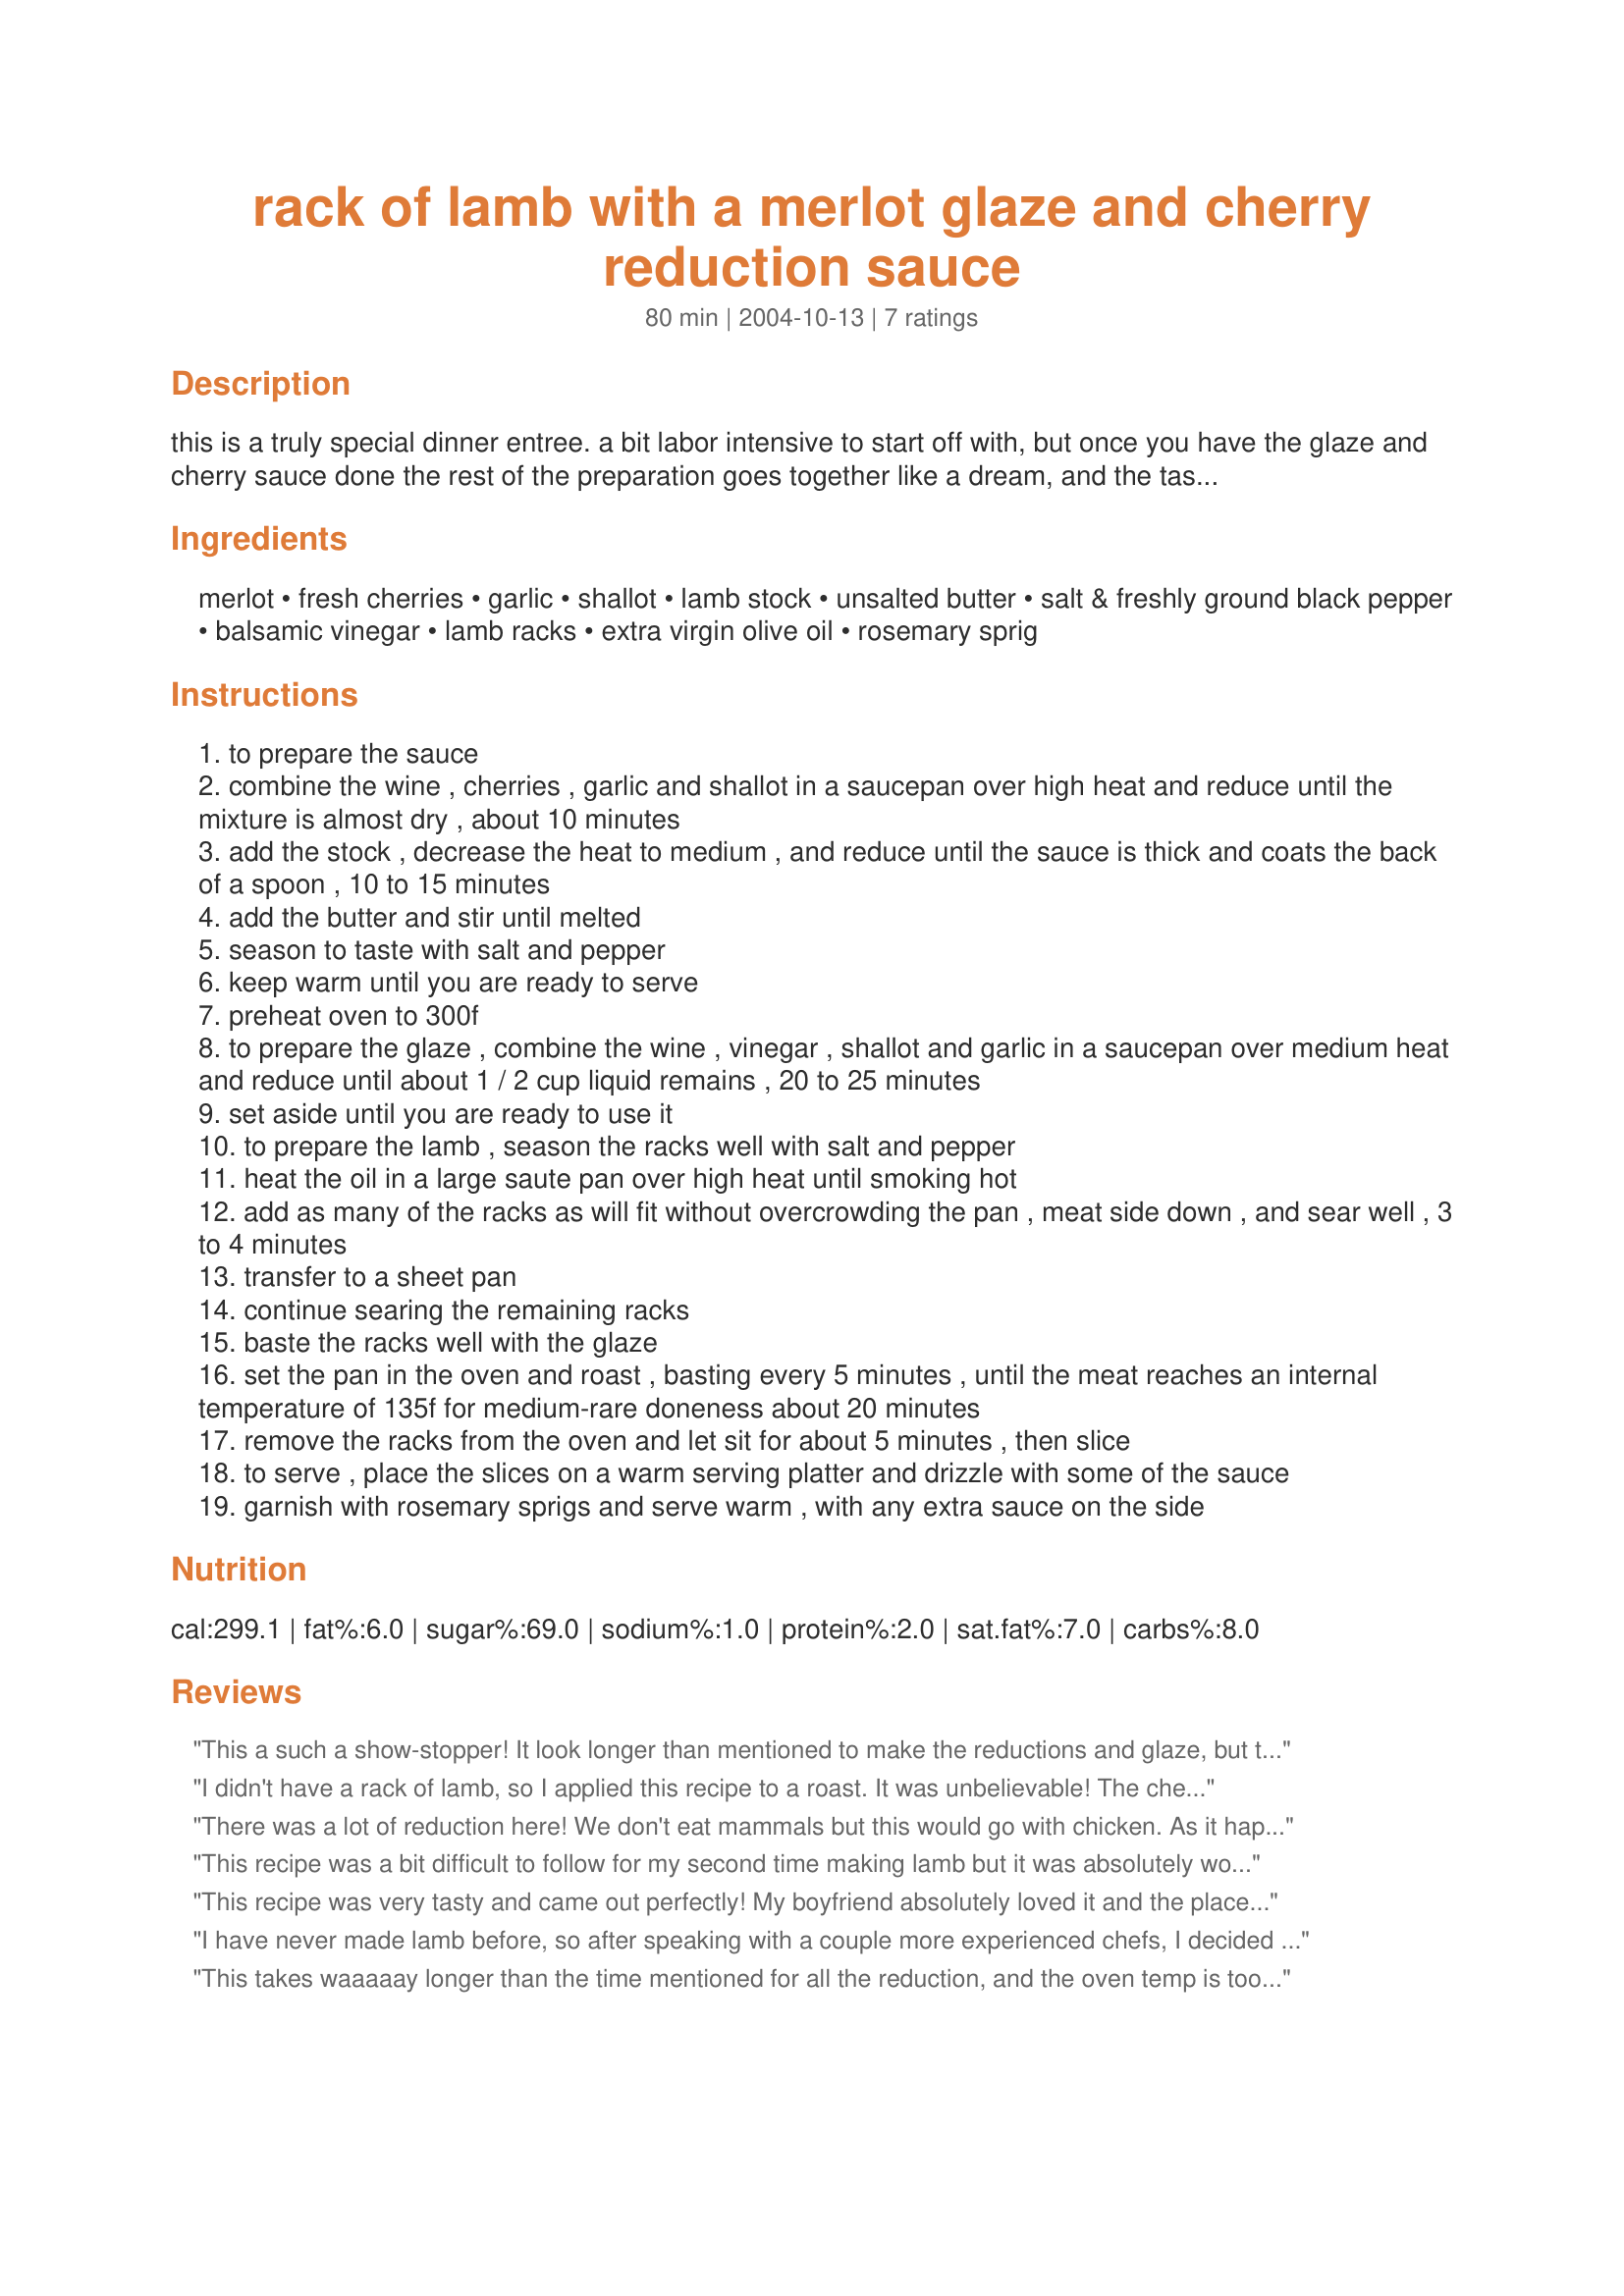
rack of lamb with a merlot glaze and cherry reduction sauce
Preparation time: 80 minutes

this is a truly special dinner entree. a bit labor intensive to start off with, but once you have the glaze and cherry sauce done the rest of the preparation goes together like a dream, and the taste is out of this world. if you really have some special guests you want to impress, then this is the perfect choice. i accompany mine with sea salt roasted baby potatoes and green beans.

Ingredients:
merlot, fresh cherries, garlic, shallot, lamb stock, unsalted butter, salt & freshly ground black pepper, balsamic vinegar, lamb racks, extra virgin olive oil, rosemary sprig

Steps:
to prepare the sauce
combine the wine , cherries , garlic and shallot in a saucepan over high heat and reduce until the mixture is almost dry , about 10 minutes
add the stock , decrease the heat to medium , and reduce until the sauce is thick and coats the back of a spoon , 10 to 15 minutes
add the butter and stir until melted
season to taste with salt and pepper
keep warm until you are ready to serve
preheat oven to 300f
to prepare the glaze , combine the wine , vinegar , shallot and garlic in a saucepan over medium heat and reduce until about 1 / 2 cup liquid remains , 20 to 25 minutes
set aside until you are ready to use it
to prepare the lamb , season the racks well with salt and pepper
heat the oil in a large saute pan over high heat until smoking hot
add as many of the racks as will fit without overcrowding the pan , meat side down , and sear well , 3 to 4 minutes
transfer to a sheet pan
continue searing the remaining racks
baste the racks well with the glaze
set the pan in the oven and roast , basting every 5 minutes , until the meat reaches an internal temperature of 135f for medium-rare doneness about 20 minutes
remove the racks from the oven and let sit for about 5 minutes , then slice
to serve , place the slices on a warm serving platter and drizzle with some of the sauce
garnish with rosemary sprigs and serve warm , with any extra sauce on the side

Reviews:
This a such a show-stopper! It look longer than mentioned to make the reductions and glaze, but that was fine with me, because the amount of taste and flavor was outstanding. Even a non-lamb eater was digging this. I didnt have cherries, so I used a cup of frozen mixed berries (blueberry, cherry and blackberry) It turned out great! I would be curious to try this with other types of berries or fruit!
I didn't have a rack of lamb, so I applied this recipe to a roast. It was unbelievable! The cherry merlot sauce is fantastic, and the glaze provides a nice dark crust to the meat.
There was a lot of reduction here! We don't eat mammals but this would go with chicken. As it happens I had already froze a nut roast for Easter Sunday but decided to try both as I had time. I used jarred Morello cherries as suggested, I am not sure if I used the suggested type as they were sweet &amp; had a picture of pie &amp; custard on the front - perhaps meant for a pudding-pie filling but it was next to red peppers/olives/antipasti etc; I rinsed them &amp; they were fine. Made triple quantity sauce so didn't have the intended gravy. I tossed my cooked roast potatoes in the glaze while still in the tin &amp; will do that again as it was scrumptious.
This recipe was a bit difficult to follow for my second time making lamb but it was absolutely worth it. What a fantastic dinner. I would make it again, especialy for guest, it is a sure way to wow them. I crave this dish and can't wait to make it again. By far the best lamb I have ever had.
This recipe was very tasty and came out perfectly! My boyfriend absolutely loved it and the place smelled phenomenal! The only thing I didn&#039;t like was the time estimates. It took about double the time to prepare and cook everything. Otherwise, this recipe is golden!
I have never made lamb before, so after speaking with a couple more experienced chefs, I decided to tweak this recipe a bit. I let the lamb soak in the Cherry Merlot sauce for 24 hours. Then, I baked the lamb at 350 for 30 minutes. I flipped halfway through. This made it much easier and it turned out AMAZING. I was so impressed with this recipe. I will 100% be making it again!!!!
This takes waaaaay longer than the time mentioned for all the reduction, and the oven temp is too low. At 300F following these directions the meat is absolutely raw still. Probably want 350 for medium rare. Recipe is solid with tweeks, I am just disappointed I wasted about $70 of meat with guests on this recipe. My own fault, should have gone with a known recipe. But I would avoid trying to &quot;show stop&quot; with this recipe until you have piloted it once
